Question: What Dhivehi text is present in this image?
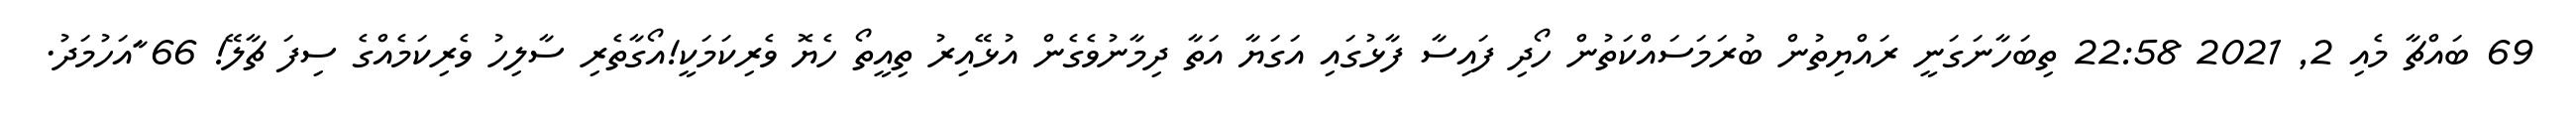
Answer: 69 ބައްޗާ މެއި 2, 2021 22:58 ތިބަހާނަގަނީ ރައްޔިތުން ބުރަމަސައްކަތުން ހޯދި ފައިސާ ފާޅުގައި އަގަޔާ އަތާ ދިމާނުވެގެން އުޅޭއިރު ތިއީތޯ ހެޔޮ ވެރިކަމަކީ!އޯގާތެރި ސާލިހު ވެރިކަމެއްގެ ސިފަ ޗާލޭ! 66 ާައަހުމަދު.